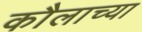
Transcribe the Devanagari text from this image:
कौलाच्या